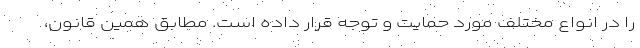
را در انواع مختلف مورد حمایت و توجه قرار داده است. مطابق همین قانون،